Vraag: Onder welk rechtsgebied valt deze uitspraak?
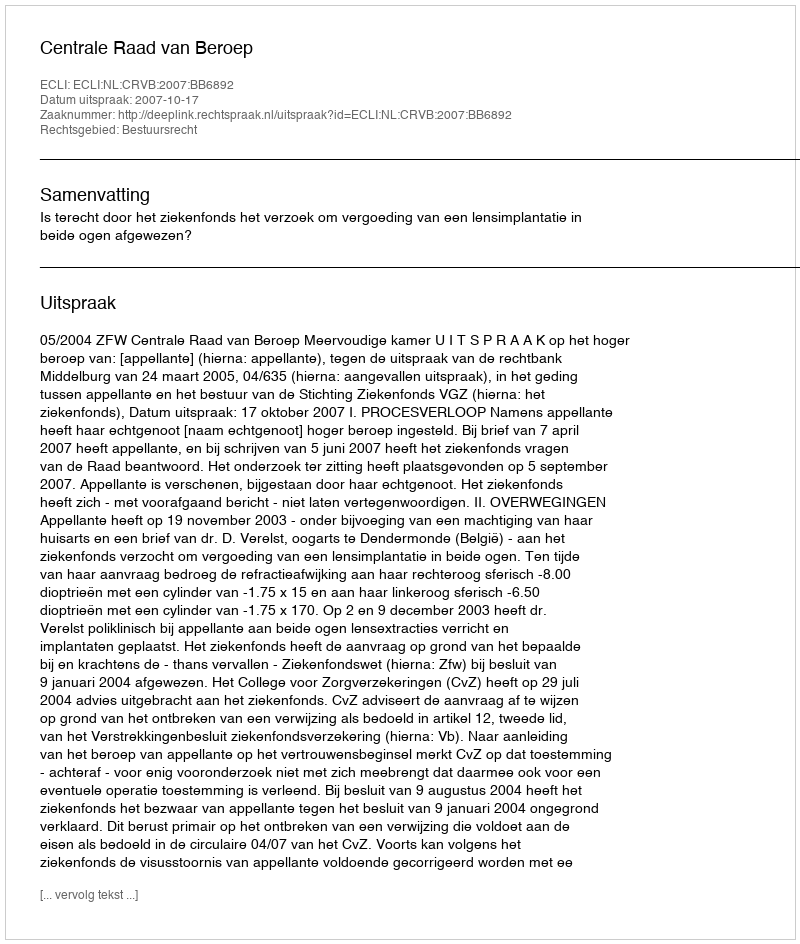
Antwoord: Bestuursrecht